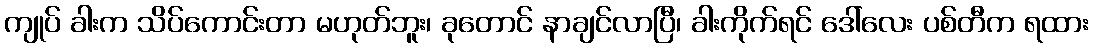
ကျုပ် ခါးက သိပ်ကောင်းတာ မဟုတ်ဘူး၊ ခုတောင် နာချင်လာပြီ၊ ခါးကိုက်ရင် ဒေါ်လေး ပစ်တီက ရထား